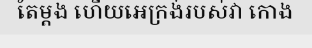
តែម្តង ហើយអេក្រង់របស់វា កោង